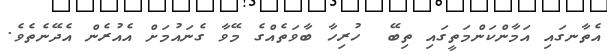
އެތާނގައި އަމާންކަންމަތީގައި ތިބޭ  ހުރިހާ ބާވަތެއްގެ މޭވާ ގެނައުމަށް އެއުރެން އެދޭނެތެވެ.